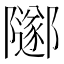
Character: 𨽛